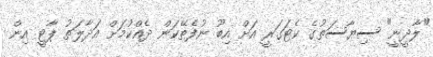
"ލާދީނީ" ސިޔާސަތުގެ ކެޓަގަރީ އަށް އިބޫ ނުފެތޭކަން ދެއްކުމަށް އަދާލަތު ޕާޓީ އިން